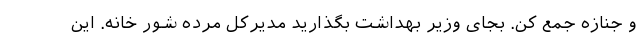
و جنازه جمع کن. بجای وزیر بهداشت بگذارید مدیرکل مرده شور خانه. این